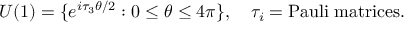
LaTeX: U ( 1 ) = \{ e ^ { i { \tau } _ { 3 } \theta / 2 } : 0 \leq \theta \leq 4 \pi \} , \quad { \tau } _ { i } = \mathrm { P a u l i \; m a t r i c e s } .